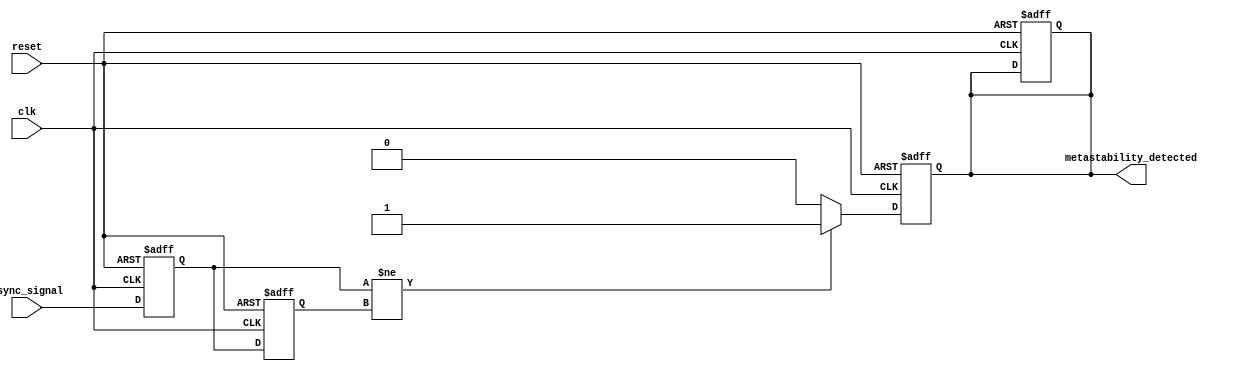
module metastability_detector (
    input wire clk,                // Clock signal
    input wire async_signal,       // Asynchronous input signal
    input wire reset,              // Optional reset signal
    output reg metastability_detected // Output signal indicating metastability
);

    // Internal signals for synchronizer flip-flops
    reg sync_ff1; // First synchronizer flip-flop
    reg sync_ff2; // Second synchronizer flip-flop

    // Parameters for metastability detection
    parameter STABLE_THRESHOLD = 2; // Number of clock cycles to consider stable

    // Synchronizer flip-flops
    always @(posedge clk or posedge reset) begin
        if (reset) begin
            sync_ff1 <= 1'b0;
            sync_ff2 <= 1'b0;
            metastability_detected <= 1'b0;
        end else begin
            sync_ff1 <= async_signal; // Sample the asynchronous signal
            sync_ff2 <= sync_ff1;     // Sample the output of the first flip-flop
        end
    end

    // Metastability detection logic
    always @(posedge clk or posedge reset) begin
        if (reset) begin
            metastability_detected <= 1'b0;
        end else begin
            // Check if the output of the first flip-flop is still changing
            if (sync_ff1 != sync_ff2) begin
                metastability_detected <= 1'b1; // Metastability detected
            end else begin
                metastability_detected <= 1'b0; // No metastability
            end
        end
    end

endmodule